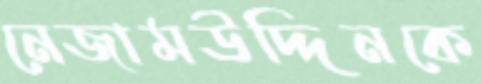
নেজামউদ্দিনকে